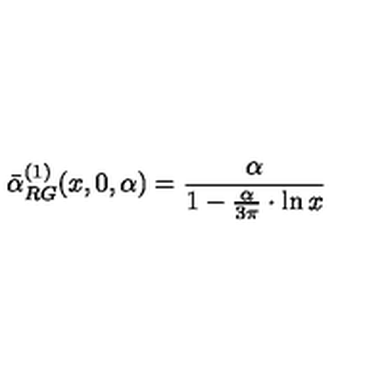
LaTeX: \bar { \alpha } _ { R G } ^ { ( 1 ) } ( x , 0 , \alpha ) = \frac { \alpha } { 1 - \frac { \alpha } { 3 \pi } \cdot \ln x }